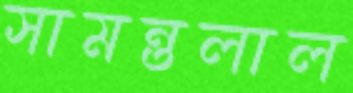
সামন্তলাল